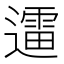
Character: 䢮